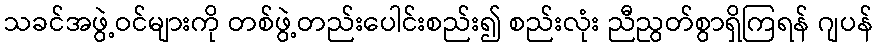
သခင်အဖွဲ့ဝင်များကို တစ်ဖွဲ့တည်းပေါင်းစည်း၍ စည်းလုံး ညီညွတ်စွာရှိကြရန် ဂျပန်